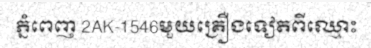
ភ្នំពេញ 2AK-1546មួយគ្រឿងទៀតពីឈ្មោះ